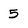
Character: 5